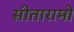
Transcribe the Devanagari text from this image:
सीतारामो